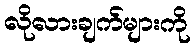
လိုလားချက်များကို